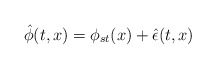
\begin{align*}\hat{\phi}(t,x)=\phi_{st}(x)+\hat{\epsilon}(t,x)\end{align*}